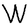
Character: W